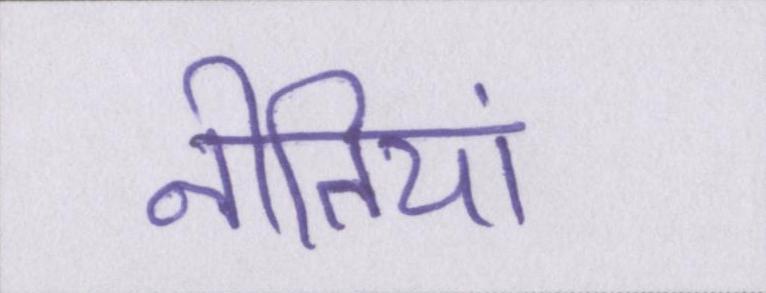
नीतियां